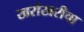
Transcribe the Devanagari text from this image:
खरोखरीचा